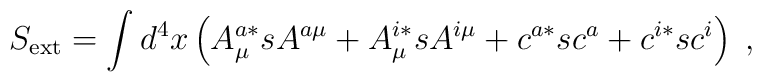
S_{\mathrm{ext}}=\int d^4x\left( A_\mu ^{a*}sA^{a\mu }+A_\mu ^{i*}sA^{i\mu}+c^{a*}sc^a+c^{i*}sc^i\right) \;,